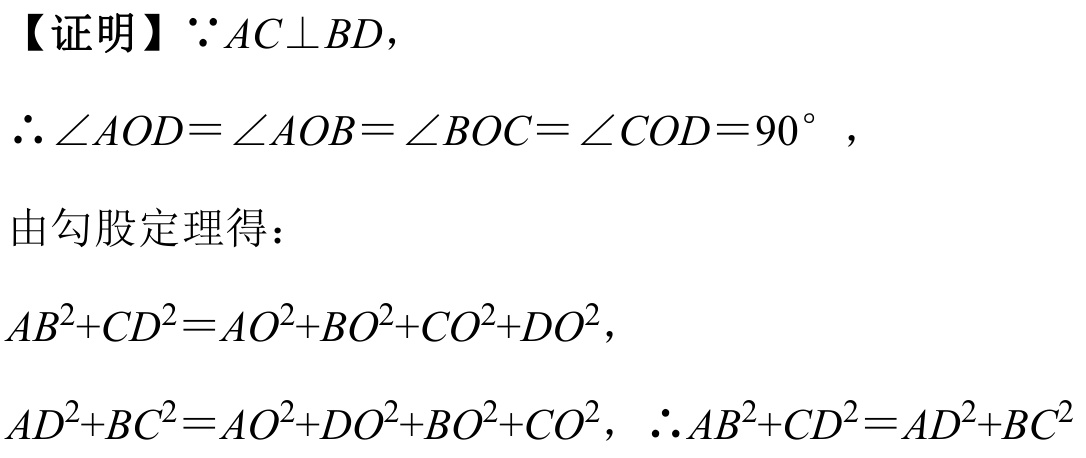
【证明】\(\because AC\perp BD\)，
\(\therefore\angle AOD=\angle AOB=\angle BOC=\angle COD = 90^{\circ}\)，
由勾股定理得：
\(AB^{2}+CD^{2}=AO^{2}+BO^{2}+CO^{2}+DO^{2}\)，
\(AD^{2}+BC^{2}=AO^{2}+DO^{2}+BO^{2}+CO^{2}\)，\(\therefore AB^{2}+CD^{2}=AD^{2}+BC^{2}\)